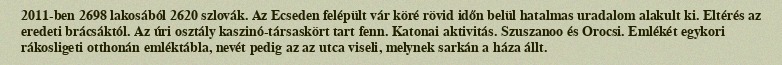
2011-ben 2698 lakosából 2620 szlovák. Az Ecseden felépült vár köré rövid időn belül hatalmas uradalom alakult ki. Eltérés az eredeti brácsáktól. Az úri osztály kaszinó-társaskört tart fenn. Katonai aktivitás. Szuszanoo és Orocsi. Emlékét egykori rákosligeti otthonán emléktábla, nevét pedig az az utca viseli, melynek sarkán a háza állt.